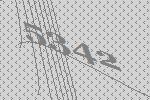
5342